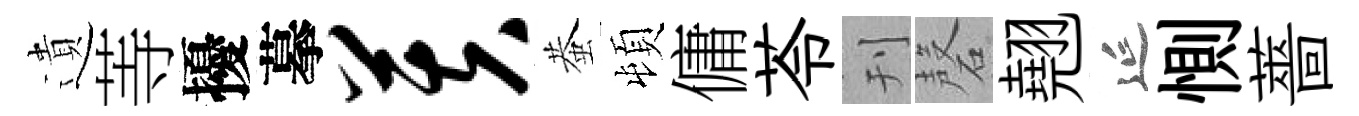
遺䓁擾摹芙蛬頓傭苓刊磬翹延惻薔